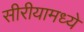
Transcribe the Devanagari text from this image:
सीरीयामध्ये